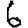
Digit: 6